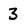
Character: 3